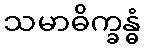
သမာဓိက္ခန္ဓံ